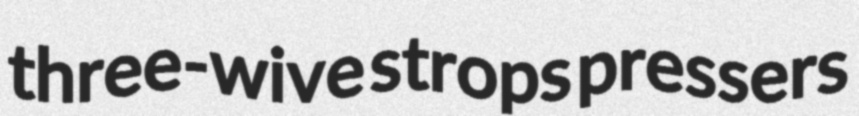
three-wive strops pressers